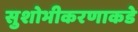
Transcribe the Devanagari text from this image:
सुशोभीकरणाकडे